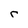
Character: r